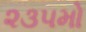
૨૩૫મો